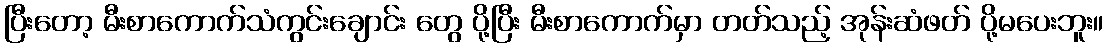
ပြီးတော့ မီးစာကောက်သံကွင်းချောင်း တွေ ပို့ပြီး မီးစာကောက်မှာ တတ်သည့် အုန်းဆံဖတ် ပို့မပေးဘူး။